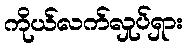
ကိုယ်လက်လှုပ်ရှား